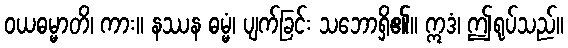
ဝယဓမ္မာတိ၊ ကား။ နဿန ဓမ္မံ၊ ပျက်ခြင်း သဘောရှိ၏။ ဣဒံ၊ ဤရုပ်သည်။